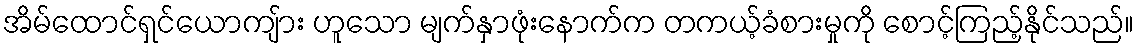
အိမ်ထောင်ရှင်ယောကျ်ား ဟူသော မျက်နှာဖုံးနောက်က တကယ့်ခံစားမှုကို စောင့်ကြည့်နိုင်သည်။